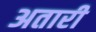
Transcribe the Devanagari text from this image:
अतारी